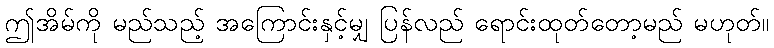
ဤအိမ်ကို မည်သည့် အကြောင်းနှင့်မျှ ပြန်လည် ရောင်းထုတ်တော့မည် မဟုတ်။